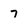
Character: 7